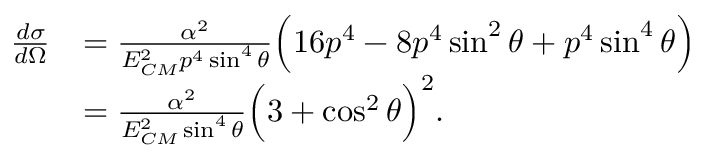
{ \begin{array} { r l } { { \frac { d \sigma } { d \Omega } } } & { = { \frac { \alpha ^ { 2 } } { E _ { C M } ^ { 2 } p ^ { 4 } \sin ^ { 4 } \theta } } { \Big ( } 1 6 p ^ { 4 } - 8 p ^ { 4 } \sin ^ { 2 } \theta + p ^ { 4 } \sin ^ { 4 } \theta { \Big ) } } \\ & { = { \frac { \alpha ^ { 2 } } { E _ { C M } ^ { 2 } \sin ^ { 4 } \theta } } { \Big ( } 3 + \cos ^ { 2 } \theta { \Big ) } ^ { 2 } . } \end{array} }